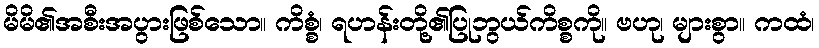
မိမိ၏အစီးအပွားဖြစ်သော။ ကိစ္စံ၊ ရဟန်းတို့၏ပြုဘွယ်ကိစ္စကို။ ဗဟု၊ များစွာ။ ကထံ၊